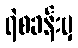
ရဲစခန်းမှ